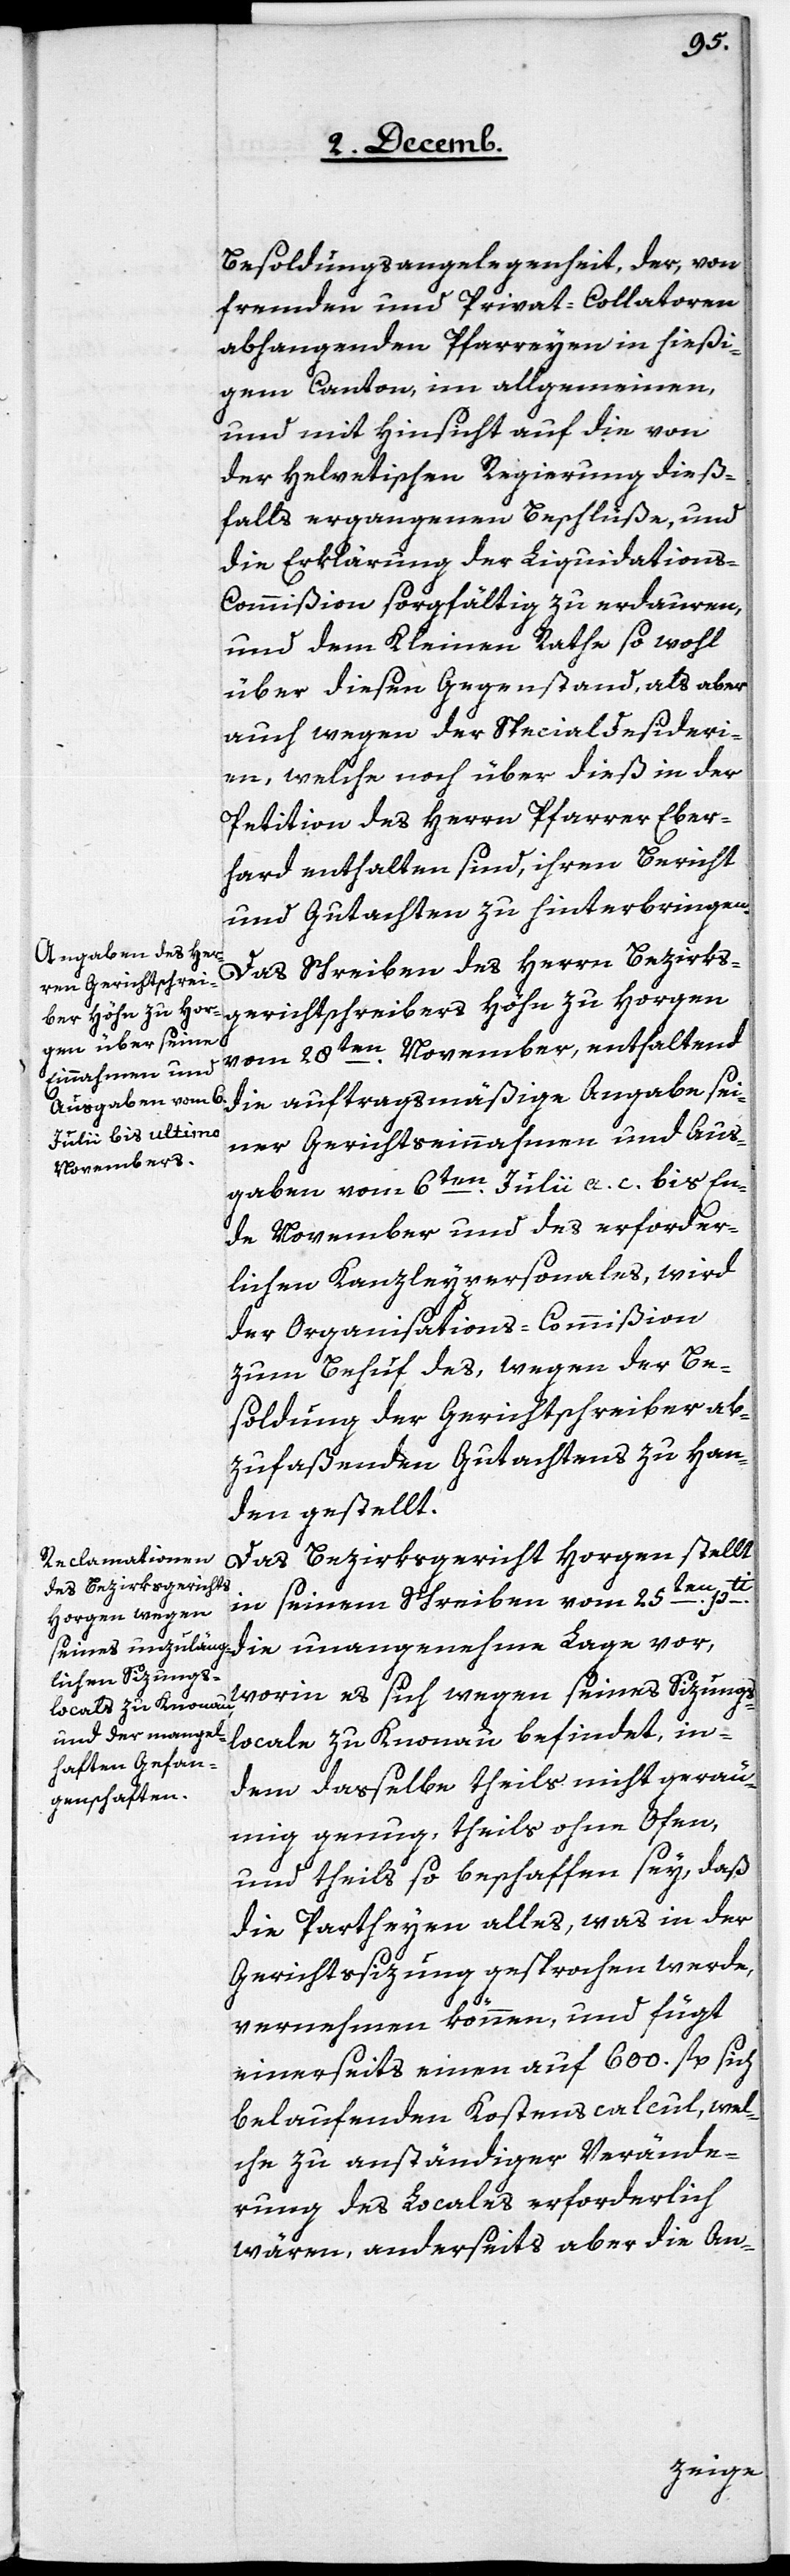
Besoldungsangelegenheit, der, von
fremden und Privat-Collatoren
abhangenden Pfarreyen in hießi¬
gem Canton, im allgemeinen,
und mit Hinsicht auf die von
der Helvetischen Regierung dieß¬
falls ergangenen Beschlüße, und
die Erklärung der Liquidation¬
s-Commißion sorgfältig zu erdauren,
und dem Kleinen Rathe so wohl
über diesen Gegenstand, als aber
auch wegen der Specialdesideri¬
en, welche noch über dieß in der
Petition des Herrn Pfarrer Eber¬
hard enthalten sind, ihren Bericht
und Gutachten zu hinterbringen.
Das Schreiben des Herrn Bezirks¬
gerichtschreibers Höhn zu Horgen
vom 28ten. November, enthaltend
die auftragsmäßige Angabe sei¬
ner Gerichtseinnahmen und Aus¬
gaben vom 6ten. Julii a. c. bis En¬
de November und des erforder¬
lichen Kanzleypersonals, wird
der Organisations-Commißion
zum Behuf des, wegen der Be¬
soldung der Gerichtschreiber ab¬
zufaßenden Gutachtens zu Han¬
den gestellt.
Das Bezirksgericht Horgen stellt
in seinem Schreiben vom 25ten. pti
die unangenehme Lage vor,
worin es sich wegen seines Sizungs¬
locale zu Knonau befindet, in¬
dem daßelbe theils nicht gerä¬
umig genug, theils ohne Ofen,
und theils so beschaffen sey, daß
die Partheyen alles, was in der
Gerichtssizung gesprochen werde,
vernehmen können, und fügt
einerseits einen auf 600. fl. sich
belaufenden Kostenscalcul, wel¬
che zu anständiger Verände¬
rung des Locales erforderlich
wären, anderseits aber die An-